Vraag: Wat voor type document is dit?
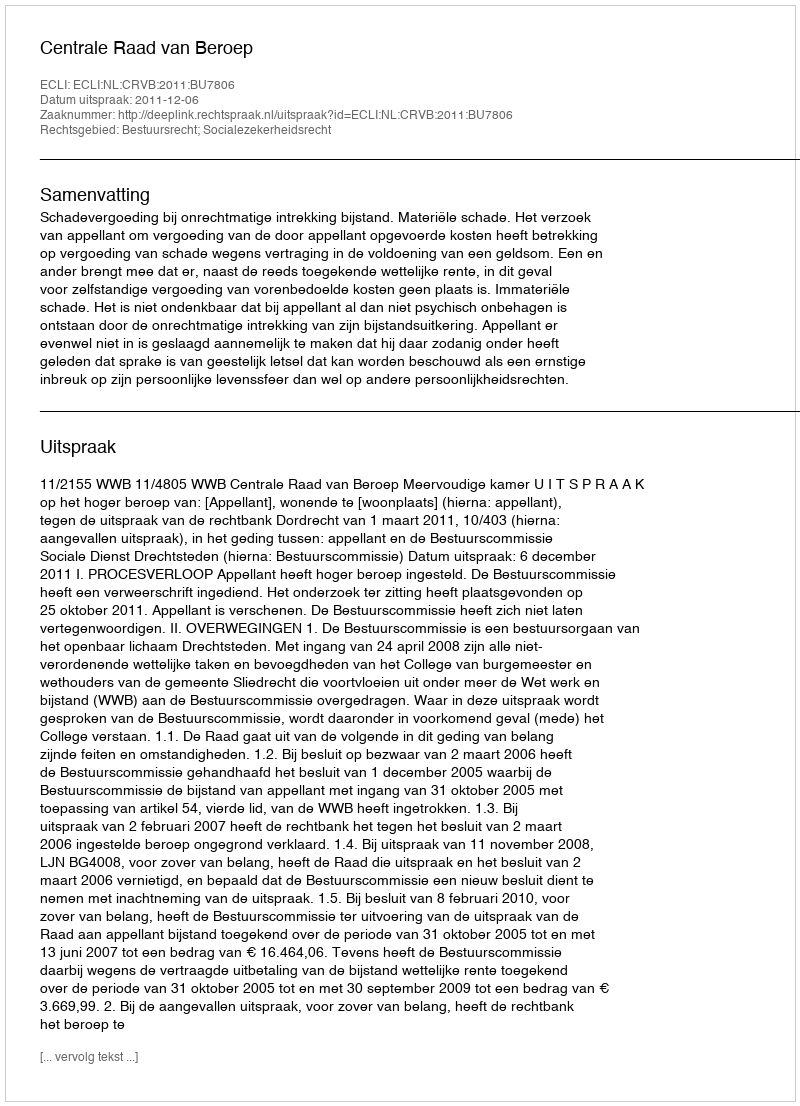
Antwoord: Uitspraak